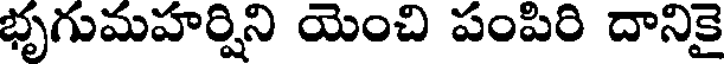
భృగుమహర్షిని యెంచి పంపిరి దానికై